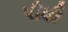
પીધી